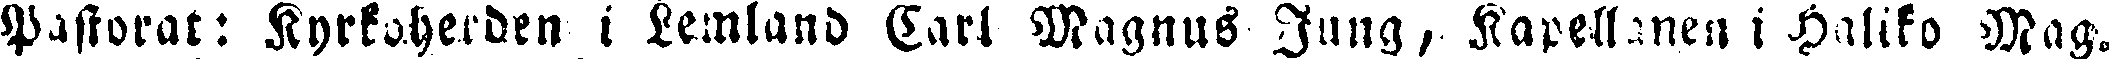
Pastorat: Kyrkoherden i Lemland Carl Magnus Jung, Kapellanen i Haliko Mag-